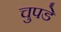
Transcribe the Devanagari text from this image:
चुपडे